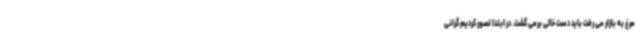
مرغ به بازار می رفت باید دست خالی برمی گشت. در ابتدا تصور کردیم گرانی